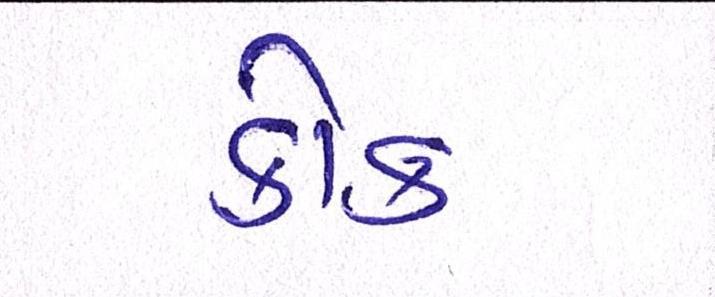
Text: કોક